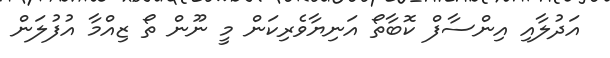
އަދުލާއި އިންސާފް ކޮބާތޯ އަނިޔާވެރިކަން މީ ނޫން ތޯ ޒިއްމާ އުފުލަން